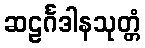
ဆဠင်္ဂဒါနသုတ္တံ